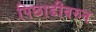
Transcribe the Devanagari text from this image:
पिछाडीवरुन